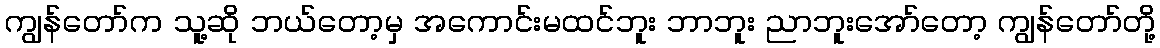
ကျွန်တော်က သူ့ဆို ဘယ်တော့မှ အကောင်းမထင်ဘူး ဘာဘူး ညာဘူးအော်တော့ ကျွန်တော်တို့